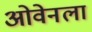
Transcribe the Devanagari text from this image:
ओवेनला